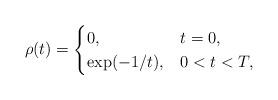
LaTeX: \begin{align*}\rho(t)=\begin{cases}0, & t=0,\\\exp(-1/t), & 0<t<T,\end{cases}\end{align*}